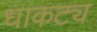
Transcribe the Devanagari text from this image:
धाकट्य